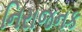
નિરાજનક